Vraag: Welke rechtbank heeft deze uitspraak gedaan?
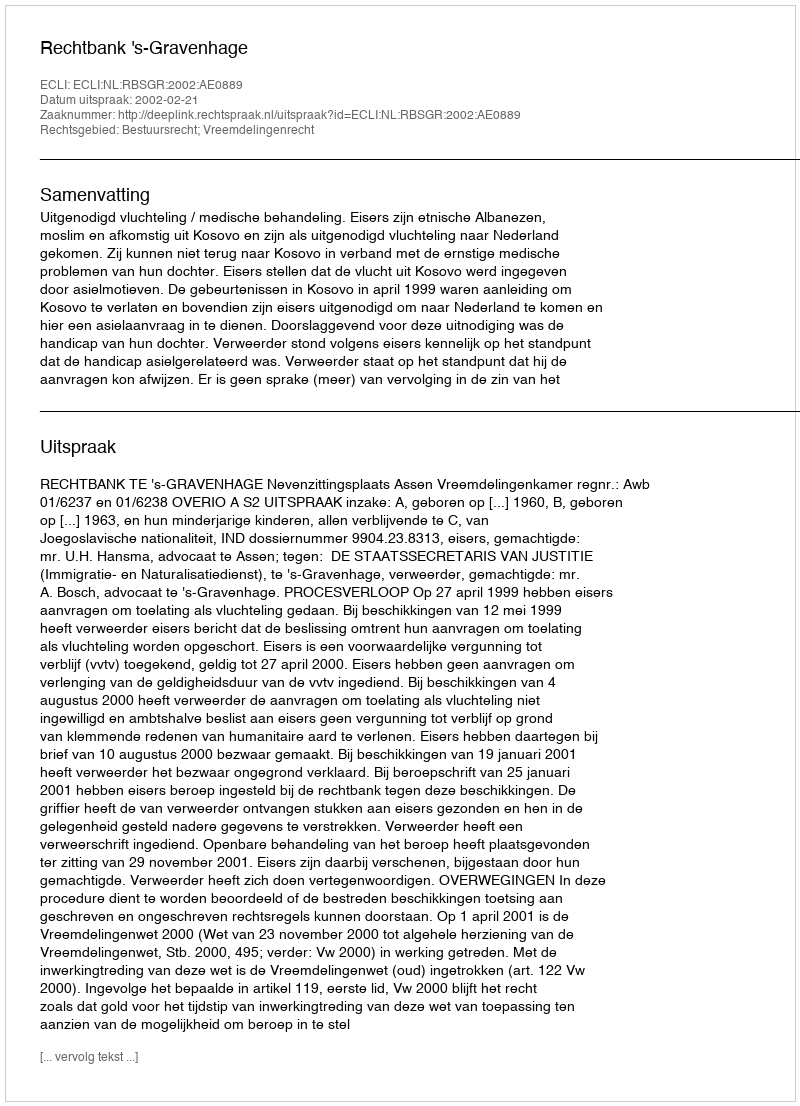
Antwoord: Rechtbank 's-Gravenhage